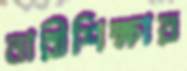
নারীশিক্ষায়